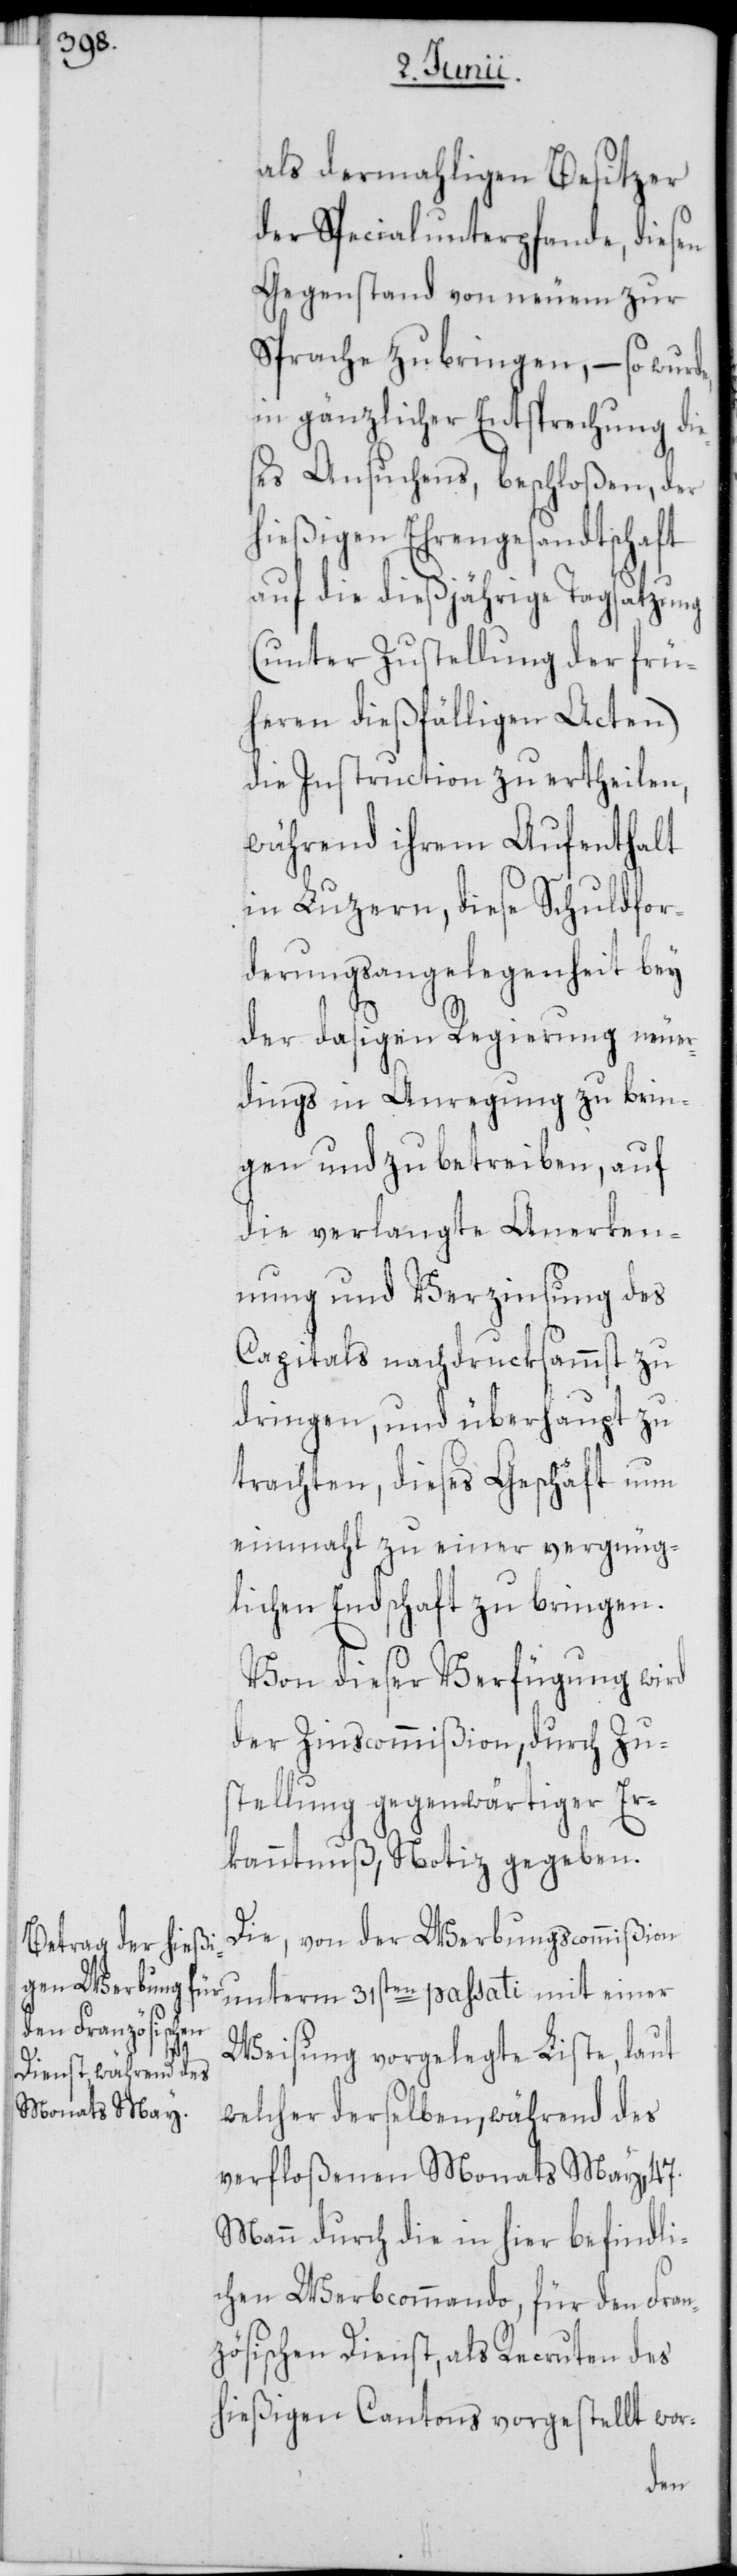
als dermahligen Besitzer
der Specialunterpfande, diesen
Gegenstand von neuem zur
Sprache zu bringen, – so wurde,
in gänzlicher Entsprechung die¬
ses Ansuchens, beschloßen, der
hießigen Ehrengesandtschaft
auf die dießjährige Tagsatzung
(unter Zustellung der frü¬
heren dießfälligen Acten)
die Instruction zu ertheilen,
während ihrem Aufenthalt
in Luzern, diese Schuldfor¬
derungsangelegenheit bey
der dasigen Regierung neuer¬
dings in Anregung zu brin¬
gen und zu betreiben, auf
die verlangte Anerken¬
nung und Verzinsung des
Capitals nachdrucksammst zu
dringen, und überhaupt zu
trachten, dieses Geschäft nun
einmahl zu einer vergnüg¬
lichen Endschaft zu bringen.
Von dieser Verfügung wird
der Zinscommißion, durch Zu¬
stellung gegenwärtiger Er¬
kanntnuß, Notiz gegeben.
Die, von der Werbungscommißion
unterm 31sten passati mit einer
Weisung vorgelegte Liste, laut
welcher derselben, während des
verfloßenen Monats May, 47.
Mann durch die in hier befindli¬
chen Werbcommando, für den Fran¬
zösischen Dienst, als Recruten des
hießigen Cantons vorgestellt wor-